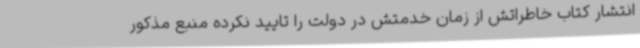
انتشار کتاب خاطراتش از زمان خدمتش در دولت را تایید نکرده منبع مذکور